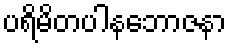
ပရိမိတပါနဘောဇနာ